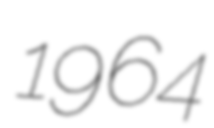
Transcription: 1964